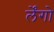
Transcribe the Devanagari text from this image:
र्लेंगो